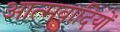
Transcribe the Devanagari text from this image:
आत्मवादियों